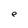
Character: e